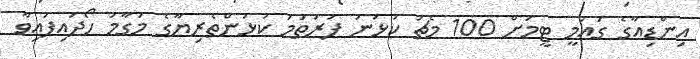
އިންޑިއާގެ ގައުމީ ޓީމަށް 100 މެޗު ކުޅުނު ފުރަތަމަ ކުޅުންތެރިޔާގެ މަގާމު ހޯދައިފައިވާ